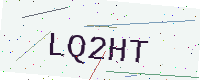
Text: LQ2HT